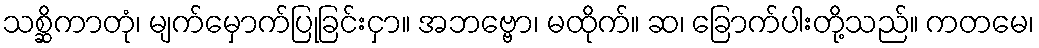
သစ္ဆိကာတုံ၊ မျက်မှောက်ပြုခြင်းငှာ။ အဘဗ္ဗော၊ မထိုက်။ ဆ၊ ခြောက်ပါးတို့သည်။ ကတမေ၊